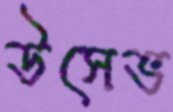
উসেভ